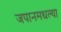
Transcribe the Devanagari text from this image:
जपानमधल्या